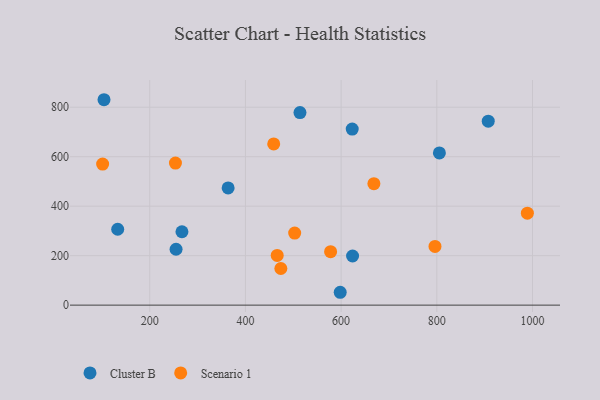
{"axis": {"x": "Speed", "y": "Yield"}, "legend": ["Cluster B", "Scenario 1"], "data": [{"x": "623.9", "y": 198.7, "type": "Cluster B"}, {"x": "363.8", "y": 473.9, "type": "Cluster B"}, {"x": "133.0", "y": 306.7, "type": "Cluster B"}, {"x": "907.5", "y": 743.6, "type": "Cluster B"}, {"x": "598.1", "y": 52.0, "type": "Cluster B"}, {"x": "104.4", "y": 830.3, "type": "Cluster B"}, {"x": "623.2", "y": 711.6, "type": "Cluster B"}, {"x": "267.3", "y": 296.7, "type": "Cluster B"}, {"x": "255.0", "y": 225.9, "type": "Cluster B"}, {"x": "514.0", "y": 778.4, "type": "Cluster B"}, {"x": "805.4", "y": 615.2, "type": "Cluster B"}, {"x": "459.1", "y": 651.6, "type": "Scenario 1"}, {"x": "796.2", "y": 237.2, "type": "Scenario 1"}, {"x": "466.4", "y": 201.0, "type": "Scenario 1"}, {"x": "101.5", "y": 570.1, "type": "Scenario 1"}, {"x": "578.0", "y": 216.2, "type": "Scenario 1"}, {"x": "668.5", "y": 490.8, "type": "Scenario 1"}, {"x": "502.9", "y": 291.4, "type": "Scenario 1"}, {"x": "474.0", "y": 148.0, "type": "Scenario 1"}, {"x": "253.7", "y": 574.2, "type": "Scenario 1"}, {"x": "989.3", "y": 371.8, "type": "Scenario 1"}]}